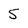
Character: 5